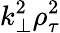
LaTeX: k_{\perp}^{2}\rho_{\tau}^{2}